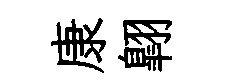
康翺